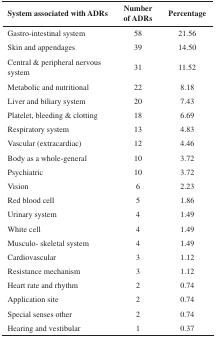
| System associated with ADRs | Number of ADRs | Percentage |
 | --- | --- | --- |
 | Gastro-intestinal system | 58 | 21.56 |
 | Skin and appendages | 39 | 14.50 |
 | Central & peripheral nervous system | 31 | 11.52 |
 | Metabolic and nutritional | 22 | 8.18 |
 | Liver and biliary system | 20 | 7.43 |
 | Platelet, bleeding & clotting | 18 | 6.69 |
 | Respiratory system | 13 | 4.83 |
 | Vascular (extracardiac) | 12 | 4.46 |
 | Body as a whole-general | 10 | 3.72 |
 | Psychiatric | 10 | 3.72 |
 | Vision | 6 | 2.23 |
 | Red blood cell | 5 | 1.86 |
 | Urinary system | 4 | 1.49 |
 | White cell | 4 | 1.49 |
 | Musculo- skeletal system | 4 | 1.49 |
 | Cardiovascular | 3 | 1.12 |
 | Resistance mechanism | 3 | 1.12 |
 | Heart rate and rhythm | 2 | 0.74 |
 | Application site | 2 | 0.74 |
 | Special senses other | 2 | 0.74 |
 | Hearing and vestibular | 1 | 0.37 |